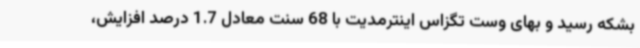
بشکه رسید و بهای وست تگزاس اینترمدیت با 68 سنت معادل 1.7 درصد افزایش،